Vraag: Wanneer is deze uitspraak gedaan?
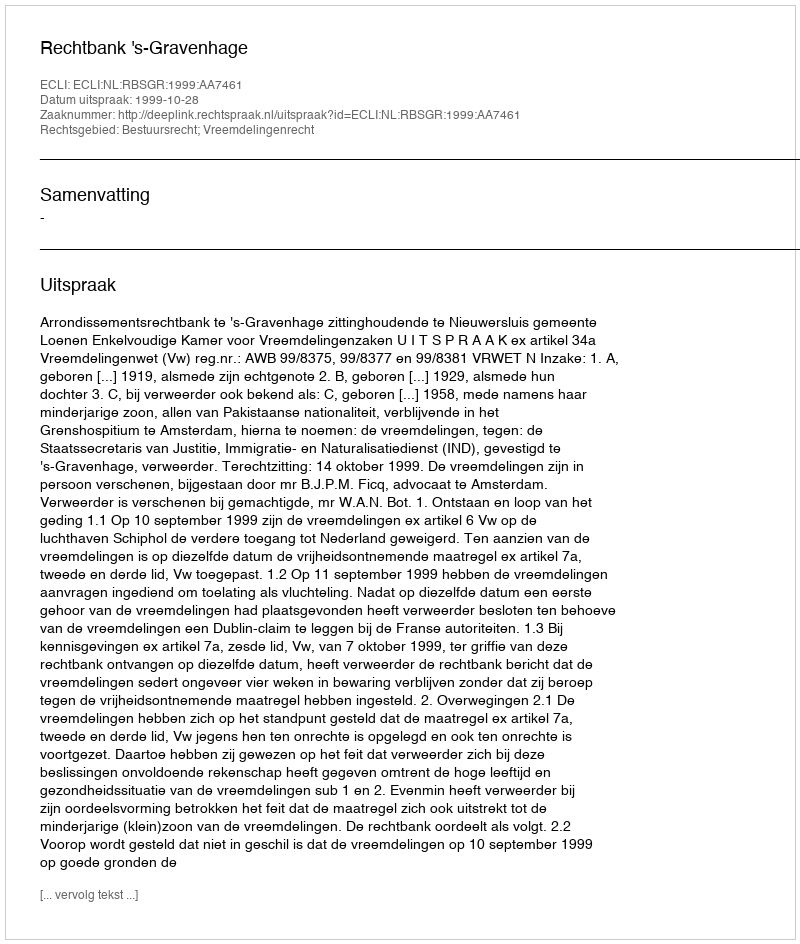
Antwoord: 1999-10-28